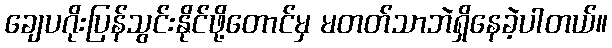
ချေပဂိုးပြန်သွင်းနိုင်ဖို့တောင်မှ မတတ်သာဘဲရှိနေခဲ့ပါတယ်။